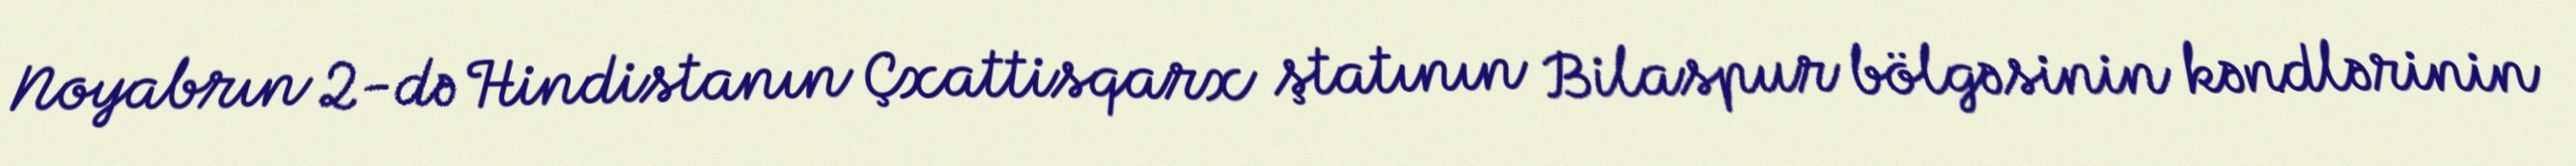
Noyabrın 2-də Hindistanın Çxattisqarx ştatının Bilaspur bölgəsinin kəndlərinin